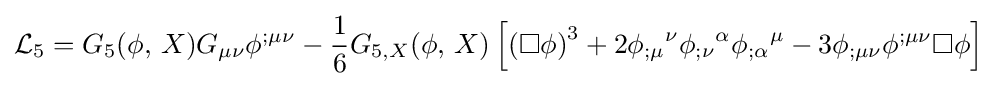
{\mathcal {L}}_{5}=G_{5}(\phi ,\,X)G_{\mu \nu }\phi ^{;\mu \nu }-{\frac {1}{6}}G_{5,X}(\phi ,\,X)\left[\left(\Box \phi \right)^{3}+2{\phi _{;\mu }}^{\nu }{\phi _{;\nu }}^{\alpha }{\phi _{;\alpha }}^{\mu }-3\phi _{;\mu \nu }\phi ^{;\mu \nu }\Box \phi \right]